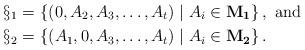
LaTeX: \begin{align*}\S_1 =&\, \left\{(0, A_2 ,A_3 , \ldots, A_t ) \mid A_i \in \mathbf{M_1}\right\}, \mbox{ and }\\\S_2 =&\, \left\{(A_1, 0,A_3 , \ldots, A_t ) \mid A_i \in \mathbf{M_2}\right\}.\end{align*}